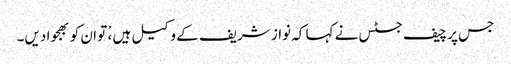
جس پر چیف جسٹس نے کہا کہ نواز شریف کے وکیل ہیں ،ْ تو ان کو بھجوا دیں۔